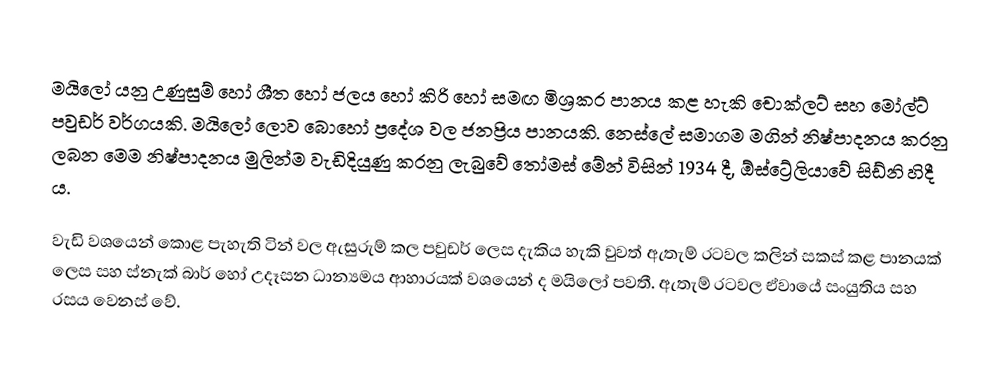
මයිලෝ යනු උණුසුම් හෝ ශීත හෝ ජලය හෝ කිරි හෝ සමඟ මිශ්‍රකර පානය කළ හැකි චොක්ලට් සහ මෝල්ට් පවුඩර් වර්ගයකි. මයිලෝ ලොව බොහෝ ප්‍රදේශ වල ජනප්‍රිය පානයකි. නෙස්ලේ සමාගම මගින් නිෂ්පාදනය කරනු ලබන මෙම නිෂ්පාදනය මුලින්ම වැඩිදියුණු කරනු ලැබුවේ තෝමස් මේන් විසින් 1934 දී, ඕස්ට්‍රේලියාවේ සිඩ්නි හිදී ය.

වැඩි වශයෙන් කොළ පැහැති ටින් වල ඇසුරුම් කල පවුඩර් ලෙස දැකිය හැකි වුවත් ඇතැම් රටවල කලින් සකස් කළ පානයක් ලෙස සහ ස්නැක් බාර් හෝ උදෑසන ධාන්‍යමය ආහාරයක් වශයෙන් ද මයිලෝ පවතී. ඇතැම් රටවල ඒවායේ සංයුතිය සහ රසය වෙනස් වේ.